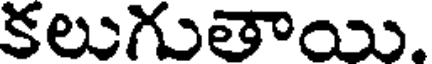
కలుగుతాయి.